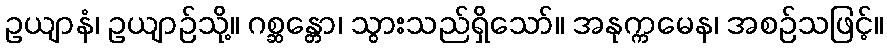
ဥယျာနံ၊ ဥယျာဉ်သို့။ ဂစ္ဆန္တော၊ သွားသည်ရှိသော်။ အနုက္ကမေန၊ အစဉ်သဖြင့်။